Annual administration report of the Civil Veterinary Department, Ajmere-Merwara, British Rajputana - 1914-1940
Year: 1914
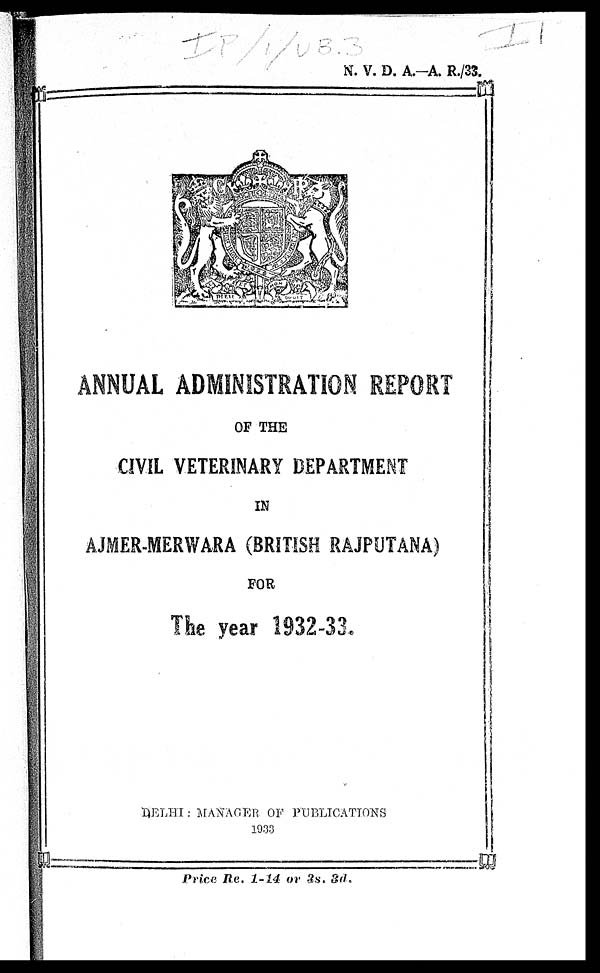
N. V. D. A.—A. R./33.
ANNUAL ADMINISTRATION REPORT
OF THE
CIVIL VETERINARY DEPARTMENT
IN
AJMER-MERWARA (BRITISH RAJPUTANA)
FOR
The year 1932-33.
DELHI: MANAGER OF PUBLICATIONS
1933
Price Re. 1-14 or 3s. 3d.